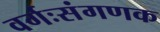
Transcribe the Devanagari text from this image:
वर्गःसंगणक